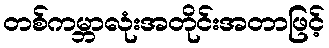
တစ်ကမ္ဘာလုံးအတိုင်းအတာဖြင့်